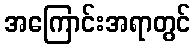
အကြောင်းအရာတွင်